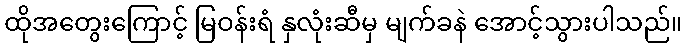
ထိုအတွေးကြောင့် မြဝန်းရံ နှလုံးဆီမှ မျက်ခနဲ အောင့်သွားပါသည်။